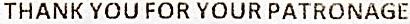
THANK YOU FOR YOUR PATRONAGE